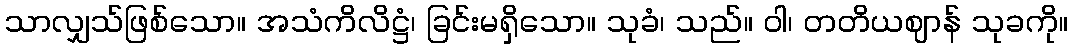
သာလျှသ်ဖြစ်သော။ အသံကိလိဋ္ဌံ၊ ခြင်းမရှိသော။ သုခံ၊ သည်။ ဝါ၊ တတိယဈာန် သုခကို။